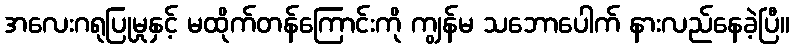
အလေးဂရုပြုမှုနှင့် မထိုက်တန်ကြောင်းကို ကျွန်မ သဘောပေါက် နားလည်နေခဲ့ပြီ။